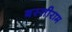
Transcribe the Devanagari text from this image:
बस्तीराम